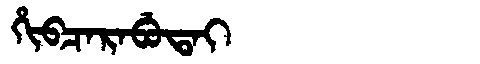
Manchu: ᡥᡳᠪᠴᠠᡵᠠᠪᡠᡨᠠᡳ
Romanization: HIBCARABUTAI